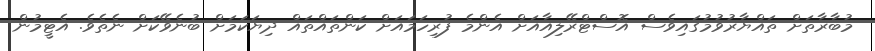
މުބާރާތަށް ތައްޔާރުވުމުގައިވެސް އޮސްޓްރޭލިއާއަށް އެންމެ ފުރިހަމައަށް ކަންތައްތައް ދިޔަކަމަށް ބުނެވޭކަށް ނެތެވެ. އެޓީމުން